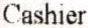
CASHIER